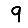
Digit: 9